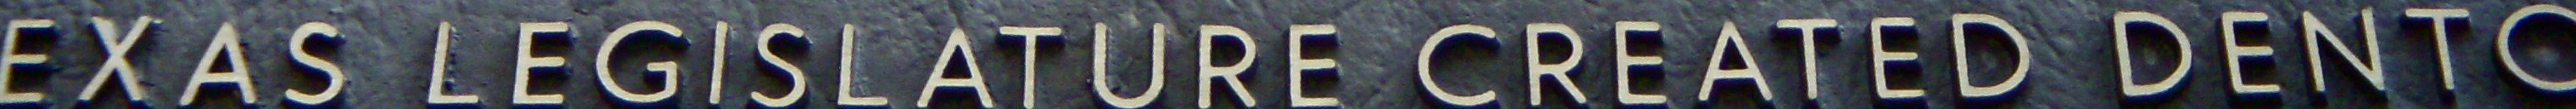
EXAS LEGISLATUER CREATED DENTC